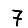
Digit: 7